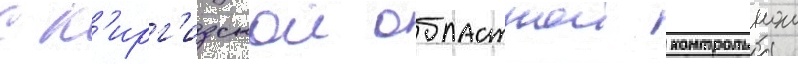
с к'ирг'изскои областнои контрольнои